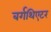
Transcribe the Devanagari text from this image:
बर्गथिएटर